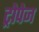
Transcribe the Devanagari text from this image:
ट्रोपेज